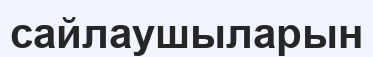
сайлаушыларын